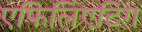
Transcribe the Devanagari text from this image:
एफिलिएटिंग